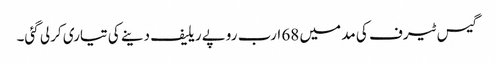
گیس ٹیرف کی مد میں 68 ارب روپے ریلیف دینے کی تیاری کرلی گئی۔